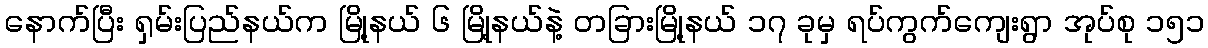
နောက်ပြီး ရှမ်းပြည်နယ်က မြို့နယ် ၆ မြို့နယ်နဲ့ တခြားမြို့နယ် ၁၇ ခုမှ ရပ်ကွက်ကျေးရွာ အုပ်စု ၁၅၁